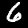
Label: 6